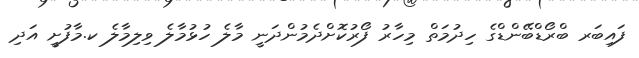
ފައިބަރ ބްރޯޑްބޭންޑްގެ ހިދުމަތް މިހާރު ފޯރުކޮށްދެމުންދަނީ މާލެ ހުޅުމާލެ ވިލިމާލެ ކ.މާފުށީ އަދި